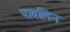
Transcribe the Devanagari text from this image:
पावलिन